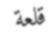
قلعة